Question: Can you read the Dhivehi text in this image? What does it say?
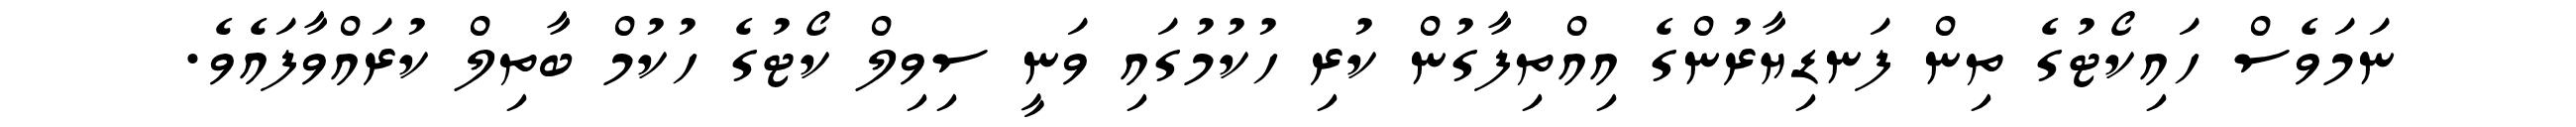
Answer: ނަމަވެސް ހައިކޯޓުގެ ތިން ފަނޑިޔާރުންގެ އިއްތިފާގުން ކުރި ހުކުމުގައި ވަނީ ސިވިލް ކޯޓުގެ ހުކުމް ބާތިލް ކުރައްވާފައެވެ.